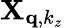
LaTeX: \mathbf{X}_{\mathbf{q},k_{z}}